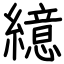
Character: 繶